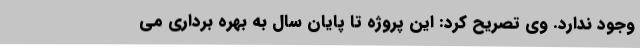
وجود ندارد. وی تصریح کرد: این پروژه تا پایان سال به بهره برداری می